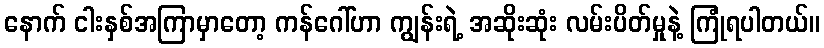
နောက် ငါးနှစ်အကြာမှာတော့ ကန်ဂေါ်ဟာ ကျွန်းရဲ့ အဆိုးဆုံး လမ်းပိတ်မှုနဲ့ ကြုံရပါတယ်။